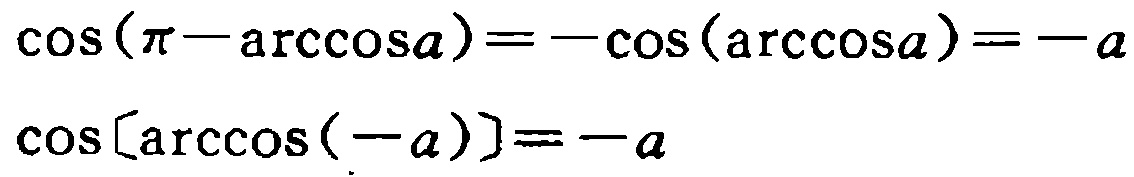
\(\cos(\pi - \arccos a)=-\cos(\arccos a)=-a\)
\(\cos[\arccos(-a)]=-a\)